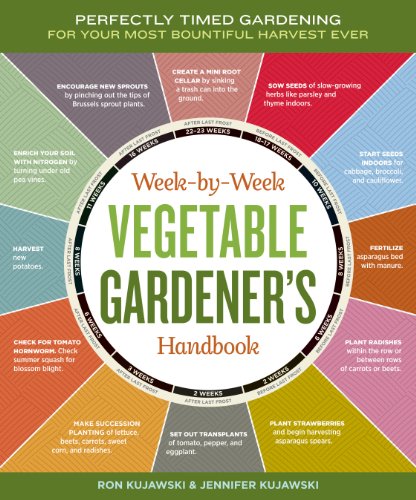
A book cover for The Week-by-Week Vegetable Gardener's Handbook: Make the Most of Your Growing Season; Jennifer Kujawski; Crafts, Hobbies & Home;